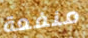
منفعة